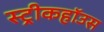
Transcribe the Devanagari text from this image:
स्ट्रीकहॉउस